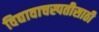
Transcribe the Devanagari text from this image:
विद्यावाचस्पतीसाठी